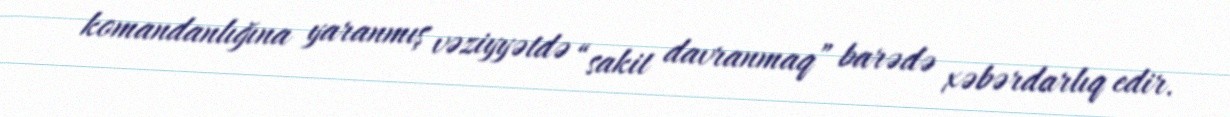
komandanlığına yaranmış vəziyyətdə “sakit davranmaq” barədə xəbərdarlıq edir.